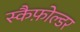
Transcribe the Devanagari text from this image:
स्कैफ़ोल्डर